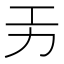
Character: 𭄟